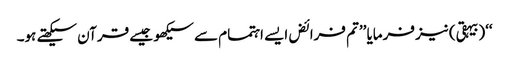
‘‘(بیہقی) نیز فرمایا ’’تم فرائض ایسے اہتمام سے سیکھو جیسے قرآن سیکھتے ہو۔